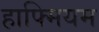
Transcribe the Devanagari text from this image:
हाफ्मियम